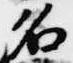
名